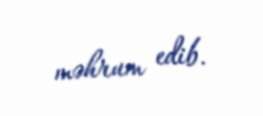
məhrum edib.